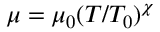
\mu = \mu _ { 0 } ( T / T _ { 0 } ) ^ { \chi }